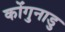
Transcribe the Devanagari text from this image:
कोंगुनाडु